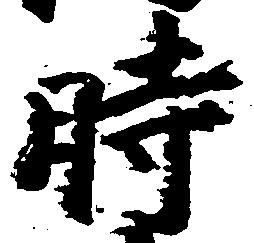
時